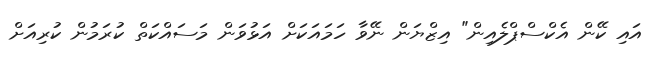
އައި ކޭން އެކްސްޕްލެއިން" އިޒްޔަން ނޭވާ ހަމައަކަށް އަޅުވަން މަސައްކަތް ކުރަމުން ކުރިއަށް